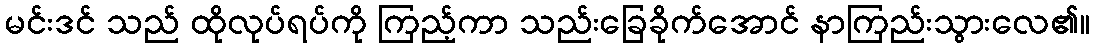
မင်းဒင် သည် ထိုလုပ်ရပ်ကို ကြည့်ကာ သည်းခြေခိုက်အောင် နာကြည်းသွားလေ၏။